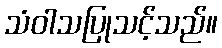
သံဝါသပြုသင့်သည်။